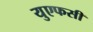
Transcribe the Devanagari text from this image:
युएफसी